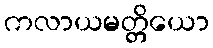
ကလာယမတ္တိယော